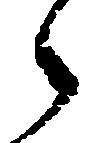
之